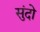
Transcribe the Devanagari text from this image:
सुंदो